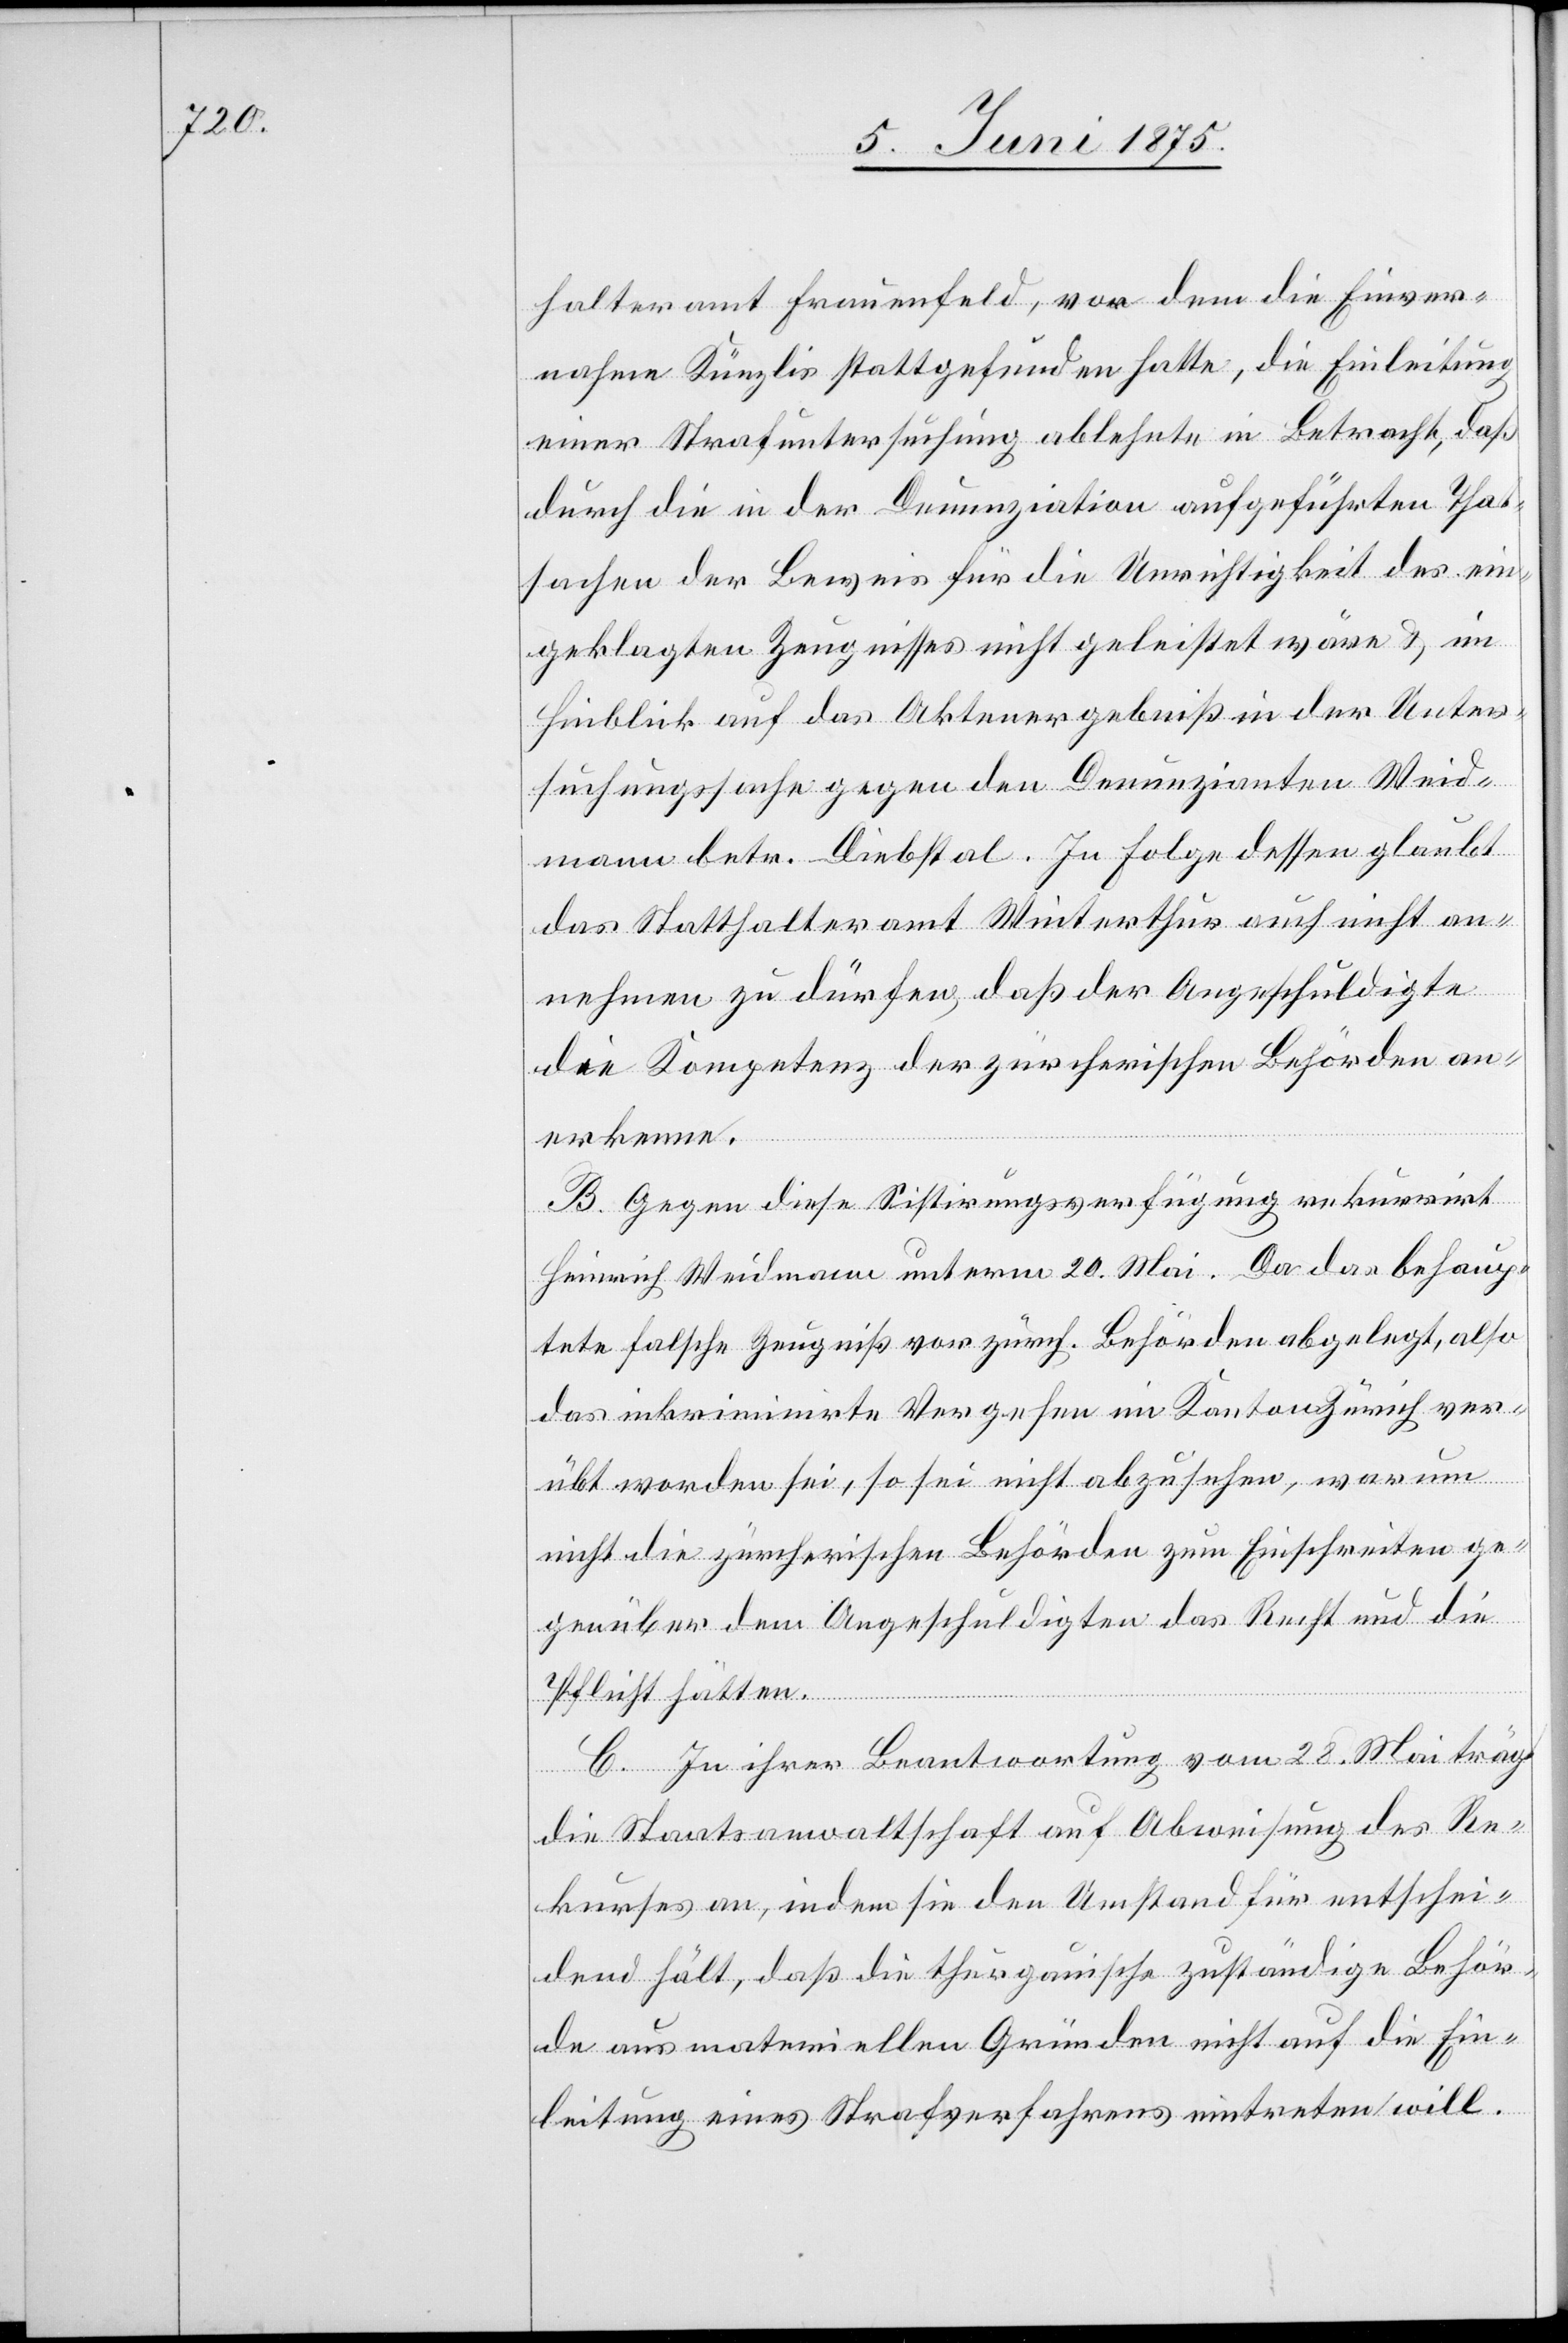
halteramt Frauenfeld, vor dem die Einver¬
nahme Künzlis stattgefunden hatte, die Einleitung
einer Strafuntersuchung ablehnte in Betracht, daß
durch die in der Denunziation aufgeführten That¬
sachen der Beweis für die Unrichtigkeit des ein¬
geklagten Zeugnisses nicht geleistet wäre & im
Hinblick auf das Aktenergebniß in der Unter¬
suchungssache gegen den Denunzianten Weid¬
mann betr. Diebstal. In Folge dessen glaubt
das Statthalteramt Winterthur auch nicht an¬
nehmen zu dürfen, daß der Angeschuldigte
die Kompetenz der zürcherischen Behörden an¬
erkenne.
B. Gegen diese Sistirungsverfügung rekurrirt
Heinrich Weidmann unterm 20 Mai. Da das behaup¬
tete falsche Zeugniß vor zürch. Behörden abgelegt, also
das inkriminirte Vergehen im Kanton Zürich ver¬
übt worden sei, so sei nicht abzusehen, warum
nicht die zürcherische Behörden zum Einschreiten ge¬
genüber dem Angeschuldigten das Recht und die
Pflicht hätten.
C. In ihrer Beantwortung vom 28. Mai trägt
die Staatsanwaltschaft auf Abweisung des Re¬
kurses an, indem sie den Umstand für entschei¬
dend hält, daß die thurgauische zuständige Behör¬
de aus materiellen Gründen nicht auf die Ein¬
leitung eines Strafverfahrens eintreten will.